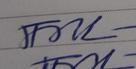
Signature authenticity: genuine